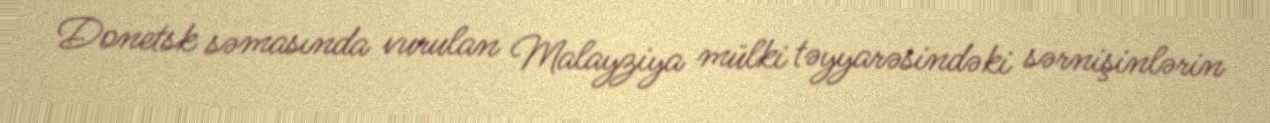
Donetsk səmasında vurulan Malayziya mülki təyyarəsindəki sərnişinlərin